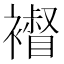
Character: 𧝴